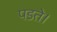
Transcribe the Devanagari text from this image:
पडते।